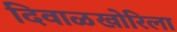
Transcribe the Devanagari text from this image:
दिवाळखोरिला